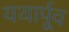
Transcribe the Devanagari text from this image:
यथार्पूव